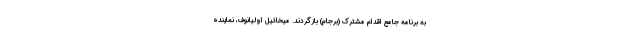
به برنامه جامع اقدام مشترک (برجام) بازگردند. میخائیل اولیانوف، نماینده